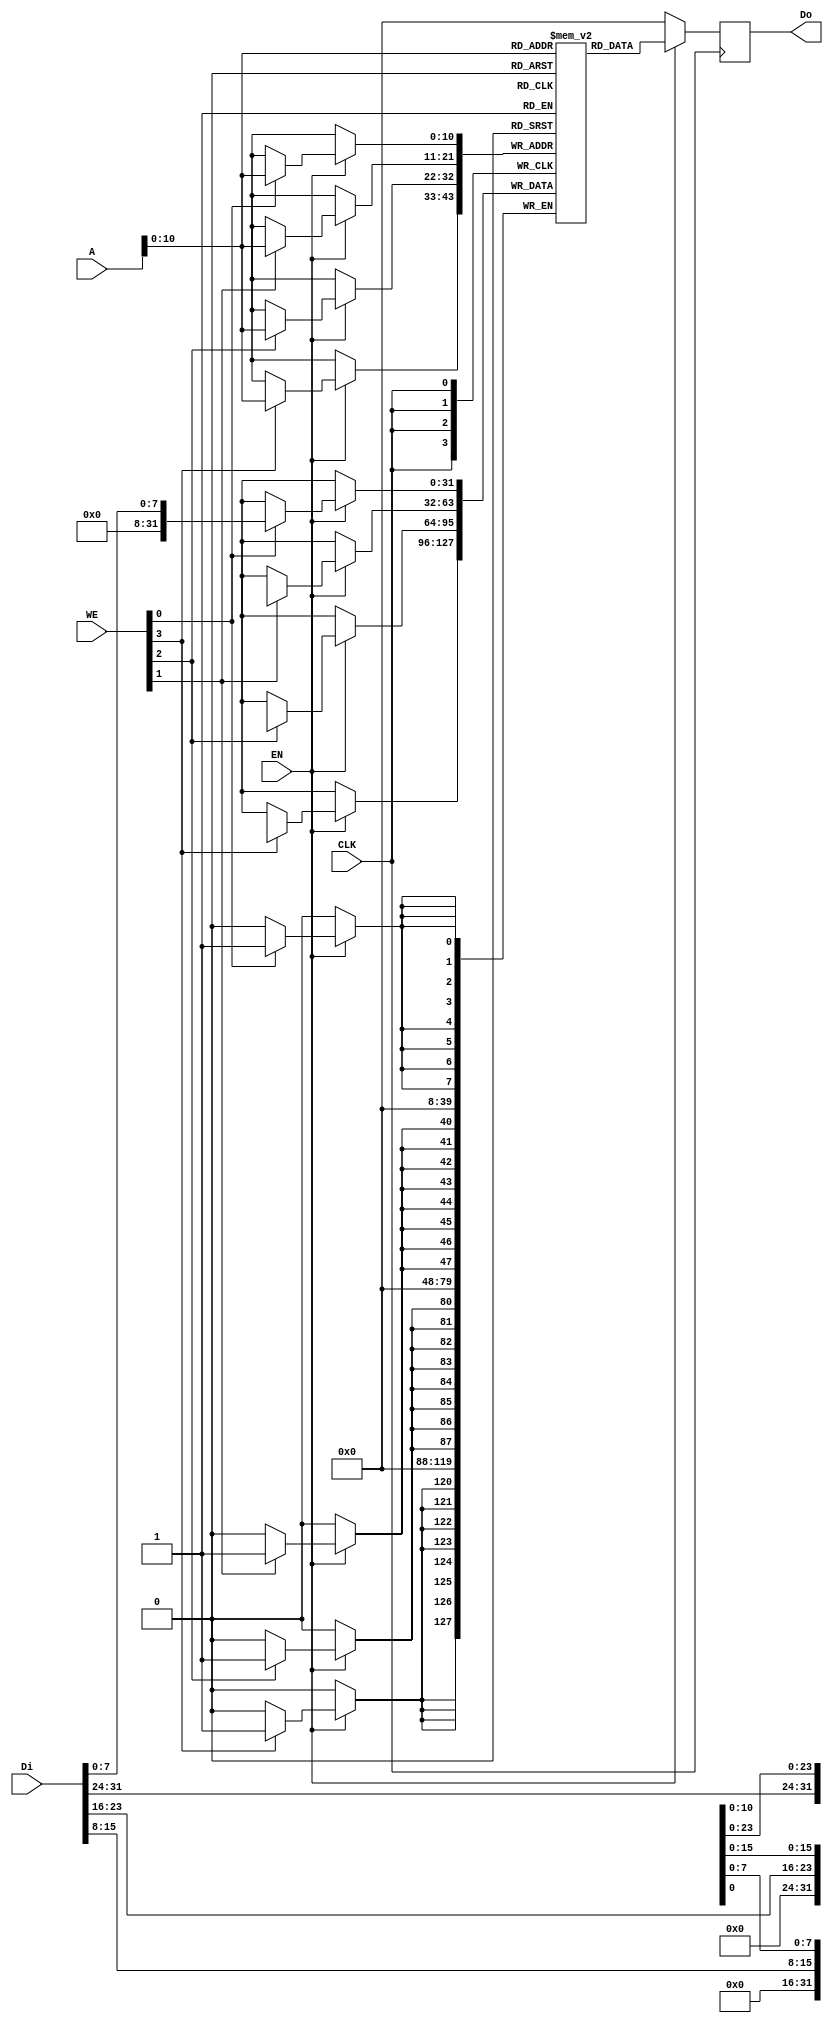
module DFFRAM_RTL_2048 #(parameter ADDRESS_LENGTH=32, parameter DATA_LENGTH=32)(
	CLK,
	WE,
	EN,
	Di,
	Do,
	A
);
	input wire CLK;
	input wire [3:0] WE;
	input wire EN;
	input wire [(DATA_LENGTH) -1:0] Di;
	output reg [(DATA_LENGTH) -1:0] Do;
	input wire [(ADDRESS_LENGTH - 1): 0] A;
	reg [(DATA_LENGTH) -1:0] RAM[2047 : 0];
	
	always @(posedge CLK)
		if(EN) begin
			Do <= RAM[A];
			if(WE[0]) RAM[A][ 7: 0] <= Di[7:0];
			if(WE[1]) RAM[A][15: 8] <= Di[15:8];
			if(WE[2]) RAM[A][23:16] <= Di[23:16];
			if(WE[3]) RAM[A][31:24] <= Di[31:24];
		end
		else
			Do <= 32'b0;
endmodule